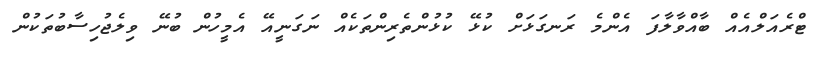
ޓްރެއަލްއެއް ބާއްވާލާފަ އެންމެ ރަނގަޅަށް ކުޅޭ ކުޅުންތެރިންތަކެއް ނަގަނީއޭ އެމީހުން ބުނޭ ވިލެޖުހިސާބުތަކުން